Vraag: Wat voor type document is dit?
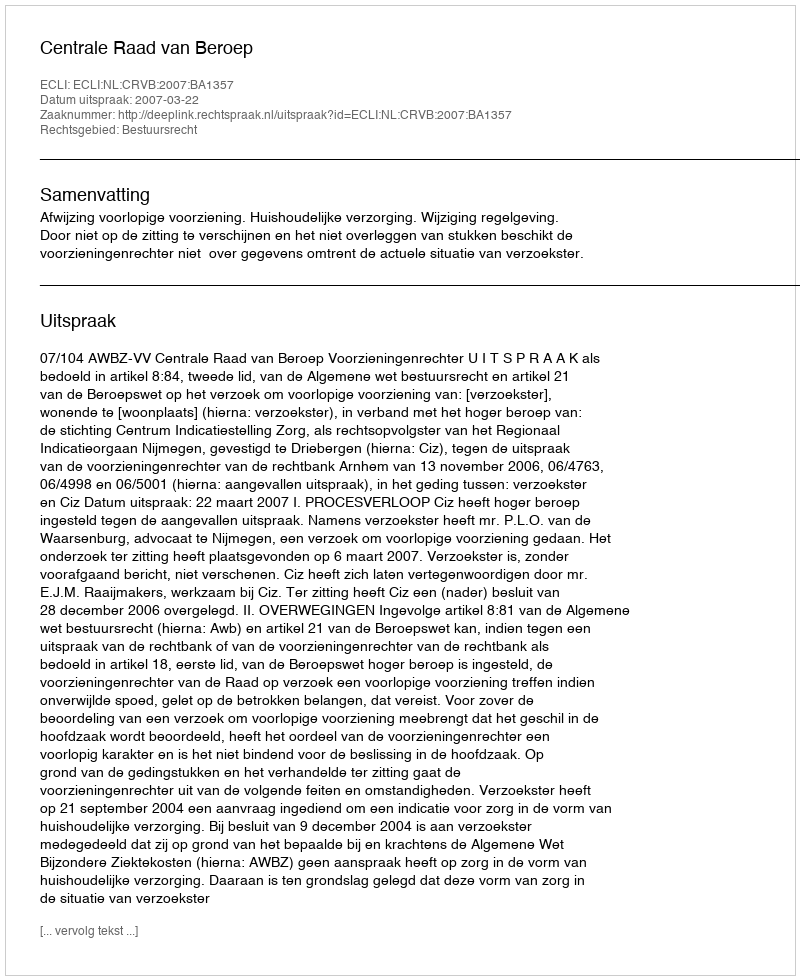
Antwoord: Uitspraak